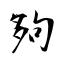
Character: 夠